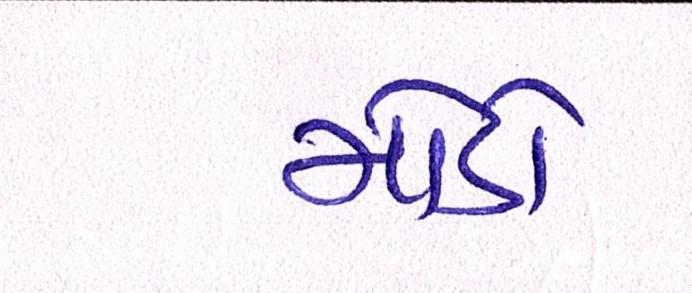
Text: મોડો